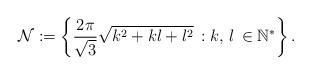
\begin{align*}\mathcal{N}:=\left\{ \frac{2\pi}{\sqrt{3}}\sqrt{k^{2}+kl+l^{2}}\,:k,\,l\,\in\mathbb{N}^{\ast}\right\} . \end{align*}